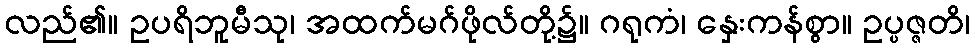
လည်၏။ ဥပရိဘူမီသု၊ အထက်မဂ်ဖိုလ်တို့၌။ ဂရုကံ၊ နှေးကန်စွာ။ ဥပ္ပဇ္ဇတိ၊